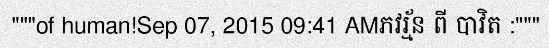
"""of human!Sep 07, 2015 09:41 AMភវរ្ម័ន ពី បាវិត :"""